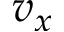
v _ { x }